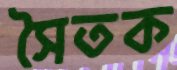
সৈতক